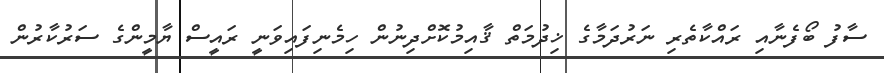
ސާފު ބޯފެނާއި ރައްކާތެރި ނަރުދަމާގެ ޚިދުމަތް ޤާއިމުކޮށްދިނުން ހިމެނިފައިވަނީ ރައީސް ޔާމީންގެ ސަރުކާރުން